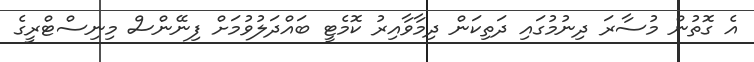
އެ ގޮތުން މުސާރަ ދިނުމުގައި ދަތިކަން ދިމާވާއިރު ކޮމެޓީ ބައްދަލުވުމަށް ފިނޭންސް މިނިސްޓްރީގެ